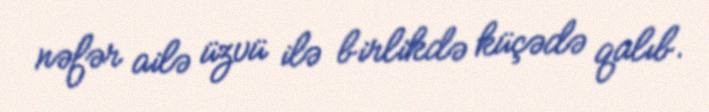
nəfər ailə üzvü ilə birlikdə küçədə qalıb.